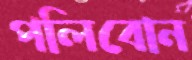
পলিবোন